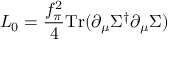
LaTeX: L _ { 0 } = { \frac { f _ { \pi } ^ { 2 } } { 4 } } \mathrm { T r } ( \partial _ { \mu } \Sigma ^ { \dagger } \partial _ { \mu } \Sigma )